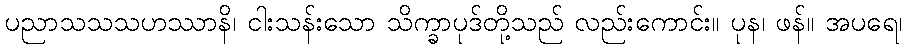
ပညာသသသဟဿာနိ၊ ငါးသန်းသော သိက္ခာပုဒ်တို့သည် လည်းကောင်း။ ပုန၊ ဖန်။ အပရေ၊